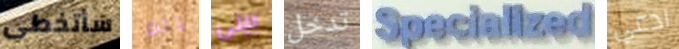
سأتخطى ذلك بينى تدخل Specialized ادعي